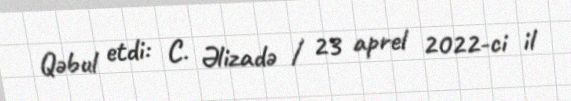
Qəbul etdi: C. Əlizadə / 23 aprel 2022-ci il